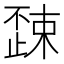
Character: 𣦚